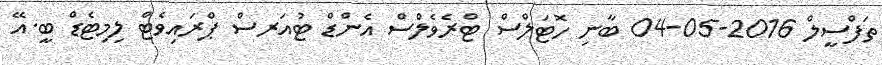
ތަފްސީލް 2016-05-04 ބާނި ހޮޓަލްސް ޓްރެވެލްސް އެންޑް ޓުއަރސް ޕްރައިވެޓް ލިމިޓެޑް ބީ.އޭ